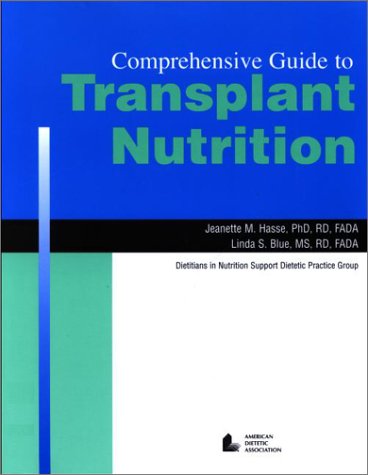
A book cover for Comprehensive Guide to Transplant Nutrition; Jeanette M. Hasse; Health, Fitness & Dieting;